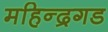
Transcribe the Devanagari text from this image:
महिन्द्रगड